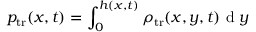
p _ { \mathrm { t r } } ( x , t ) = \int _ { 0 } ^ { h ( x , t ) } \rho _ { \mathrm { t r } } ( x , y , t ) \mathrm { ~ d ~ } y